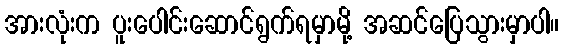
အားလုံးက ပူးပေါင်းဆောင်ရွက်ရမှာမို့ အဆင်ပြေသွားမှာပါ။